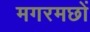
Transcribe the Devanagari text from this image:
मगरमछों